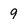
Character: 9